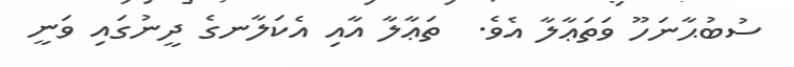
ސުބުޙާނަހޫ ވަތަޢާލާ އެވެ.  ތަޢާލާ އާއި އެކަލާނގެ ދީނުގައި ވަނީ